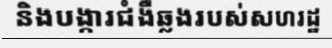
និងបង្ការជំងឺឆ្លងរបស់សហរដ្ឋ